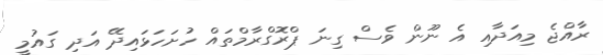
ރާއްޖެ މިއަދާއި އެ ނޫން ވެސް ގިނަ ޕްރޮގްރާމްތައް ހުށަހަޅައިދޭ އަދި ގައުމީ